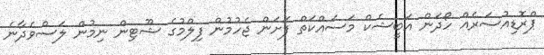
ޕްރޮޑިއުސަރެއް ހޯދަން އަބީޝެކް މަަސައްކަތް ފަށަން ޖެހުމުން ފިލްމުގެ ޝޫޓިން ނިމުން ލަސްވެދާނެ